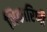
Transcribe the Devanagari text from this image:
भिकारिणी